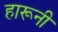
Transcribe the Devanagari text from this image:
हारूनी